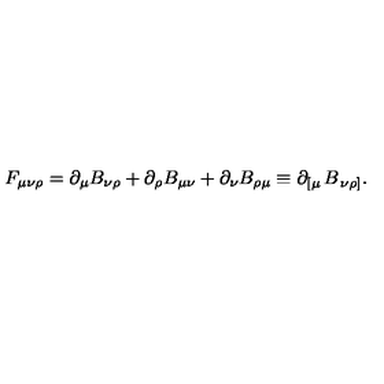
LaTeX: F _ { \mu \nu \rho } = \partial _ { \mu } B _ { \nu \rho } + \partial _ { \rho } B _ { \mu \nu } + \partial _ { \nu } B _ { \rho \mu } \equiv \partial _ { \left[ \mu \right. } B _ { \left. \nu \rho \right] } .